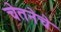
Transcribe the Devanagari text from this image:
चेतनेचे